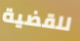
للقضية